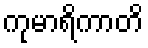
ကုမာရိကာတိ